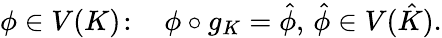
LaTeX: \begin{array}{rl}{\phi\in{V}(K)\! :\, }&{{}\phi\circ g_{K}=\hat{\phi},\, \hat{\phi}\in{V}(\hat{K}).}\end{array}